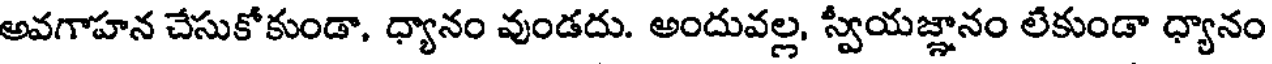
అవగాహన చేసుకోకుండా, ధ్యానం వుండదు. అందువల్ల, స్వీయజ్ఞానం లేకుండా ధ్యానం